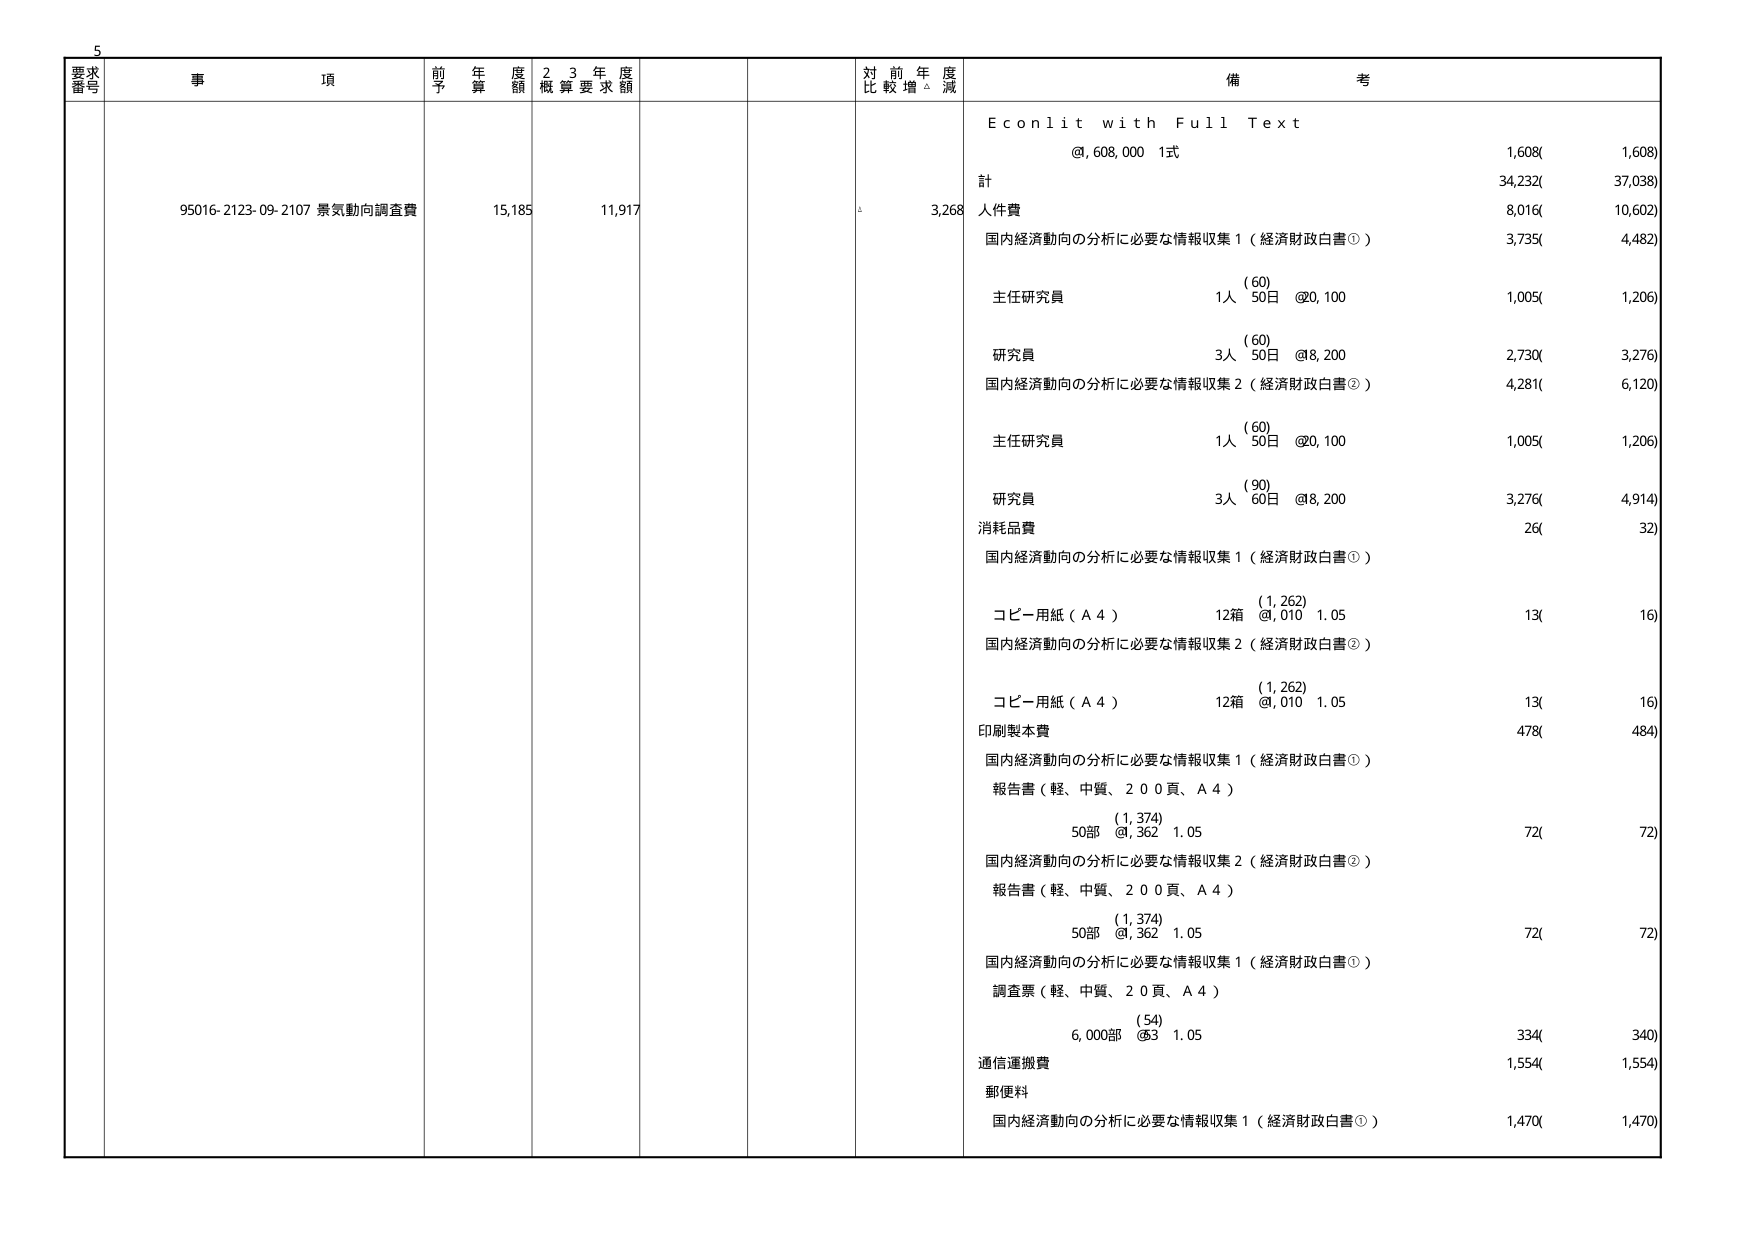
5
要求
番号
事 項
前 年 度
予 算 額
2 3 年 度
概 算 要 求 額
対 前 年 度
比 較 増 △ 減
備 考
95016-2123-09-2107 景気動向調査費
15,185
11,917
3,268
E c o n l i t w i t h F u l l T e x t
@, 608, 000 1式
1,608(
1,608)
計
34,232(
37,038)
人件費
8,016(
10,602)
国内経済動向の分析に必要な情報収集1（経済財政白書①）
3,735(
4,482)
(60)
主任研究員
1人 50日 @20,100
1,005(
1,206)
(60)
研究員
3人 50日 @8,200
2,730(
3,276)
国内経済動向の分析に必要な情報収集2（経済財政白書②）
4,281(
6,120)
(60)
主任研究員
1人 50日 @20,100
1,005(
1,206)
(90)
研究員
3人 60日 @8,200
3,276(
4,914)
消耗品費
26(
32)
国内経済動向の分析に必要な情報収集1（経済財政白書①）
(1,262)
コピー用紙（A4）
12箱 @,010 1.05
13(
16)
国内経済動向の分析に必要な情報収集2（経済財政白書②）
(1,262)
コピー用紙（A4）
12箱 @,010 1.05
13(
16)
印刷製本費
478(
484)
国内経済動向の分析に必要な情報収集1（経済財政白書①）
報告書（軽、中質、200頁、A4）
(1,374)
50部 @,362 1.05
72(
72)
国内経済動向の分析に必要な情報収集2（経済財政白書②）
報告書（軽、中質、200頁、A4）
(1,374)
50部 @,362 1.05
72(
72)
国内経済動向の分析に必要な情報収集1（経済財政白書①）
調査票（軽、中質、20頁、A4）
(54)
6,000部 @3 1.05
334(
340)
通信運搬費
1,554(
1,554)
郵便料
国内経済動向の分析に必要な情報収集1（経済財政白書①）
1,470(
1,470)